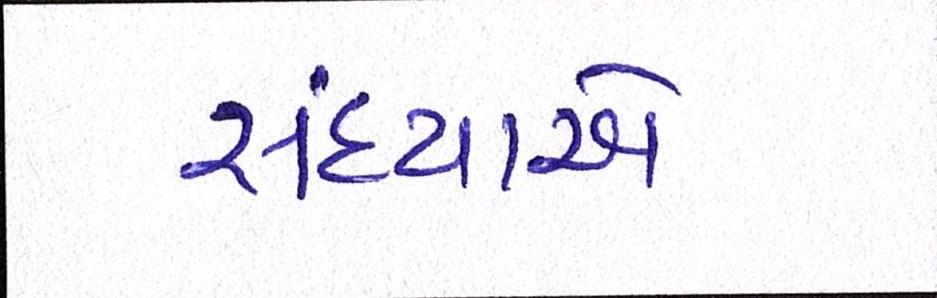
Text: સંધ્યાએ